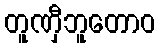
တူဏှီဘူတောဝ